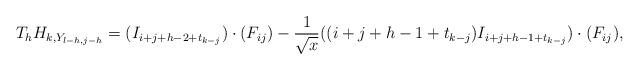
LaTeX: \begin{align*}T_h H_{k,Y_{l-h,j-h}}=(I_{i+j+h-2+t_{k-j}}) \cdot (F_{ij})-\frac{1}{\sqrt{x}} ((i+j+h-1+t_{k-j})I_{i+j+h-1+t_{k-j}}) \cdot (F_{ij}),\end{align*}